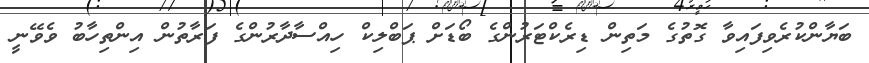
ބަޔާންކުރެވިފައިވާ ގޮތުގެ މަތިން ޑިރެކްޓަރުންގެ ބޯޑަށް ޕަބްލިކް ހިއްސާދާރުންގެ ފަރާތުން އިންތިހާބު ވެވޭނީ